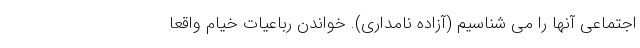
اجتماعی آنها را می شناسیم (آزاده نامداری). خواندن رباعیات خیام واقعا